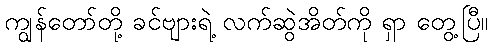
ကျွန်တော်တို့ ခင်ဗျားရဲ့ လက်ဆွဲအိတ်ကို ရှာ တွေ့ပြီ။